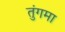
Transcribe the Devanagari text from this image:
तुंगमा